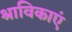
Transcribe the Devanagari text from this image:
श्राविकाएं